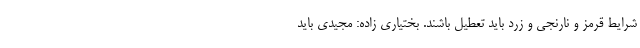
شرایط قرمز و نارنجی و زرد باید تعطیل باشند. بختیاری زاده: مجیدی باید